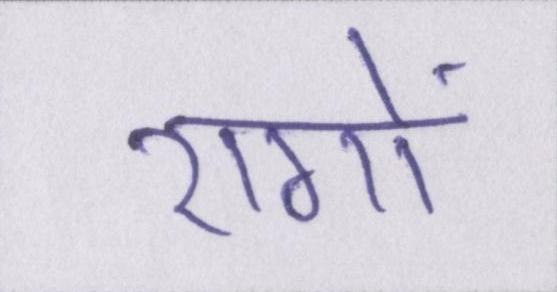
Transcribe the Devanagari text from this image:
रागों